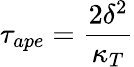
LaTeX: \tau_{ape}=\frac{2\delta^{2}}{\kappa_{T}}